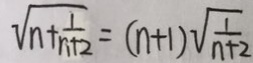
\sqrt { n + \frac { 1 } { n + 2 } } = ( n + 1 ) \sqrt { \frac { 1 } { n + 2 } }